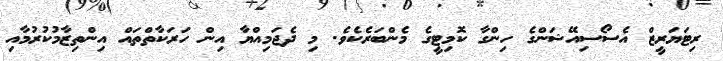
ރިޓަޔަރީޒް އެސޯސިއޭޝަންގެ ހިންގާ ކޮމިޓީގެ މެންބަރެކެވެ. މި ދެޖަމިއްޔާ އިން ހަރަކާތްތައް އިންތިޒާމުކުރުމާއި